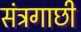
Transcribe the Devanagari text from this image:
संत्रगाछी